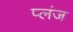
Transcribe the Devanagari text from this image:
प्लंज